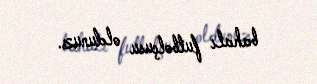
bahalı futbolçusu oldunuz.